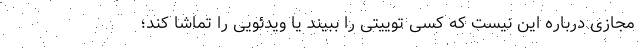
مجازی درباره این نیست که کسی توییتی را ببیند یا ویدئویی را تماشا کند؛